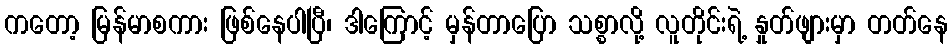
ကတော့ မြန်မာစကား ဖြစ်နေပါပြီ၊ ဒါကြောင့် မှန်တာပြော သစ္စာလို့ လူတိုင်းရဲ့ နှုတ်ဖျားမှာ တတ်နေ